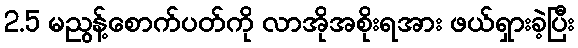
2.5 မညွန့်စောက်ပတ်ကို လာအိုအစိုးရအား ဖယ်ရှားခဲ့ပြီး